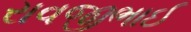
રાવજીભાઈ